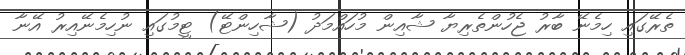
ތެރޭގައި ހިމެނޭ ބާރު ޖެހުންތެރިޔާ ޝާއިން މުހައްމަދު (ޝާހިންޓޭ) ޓީމުގައި ނުހިމެނޭއިރު އޭނާ